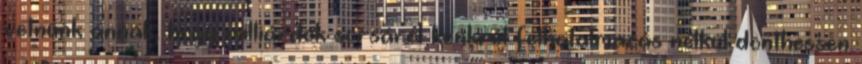
vetnünk annak, hogy milliárdok sorsáról konkrét felhatalmazás nélkül dönthessen